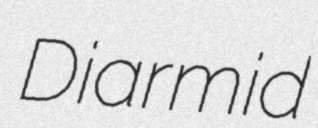
Diarmid